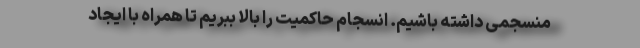
منسجمی داشته باشیم. انسجام حاکمیت را بالا ببریم تا همراه با ایجاد